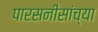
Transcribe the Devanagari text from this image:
पारसनीसांच्या